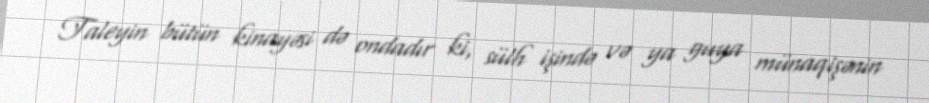
Taleyin bütün kinayəsi də ondadır ki, sülh işində və ya guya münaqişənin